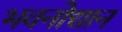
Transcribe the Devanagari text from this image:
भवनोद्यान